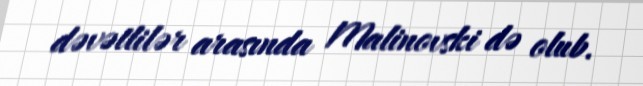
dəvətlilər arasında Malinovski də olub.